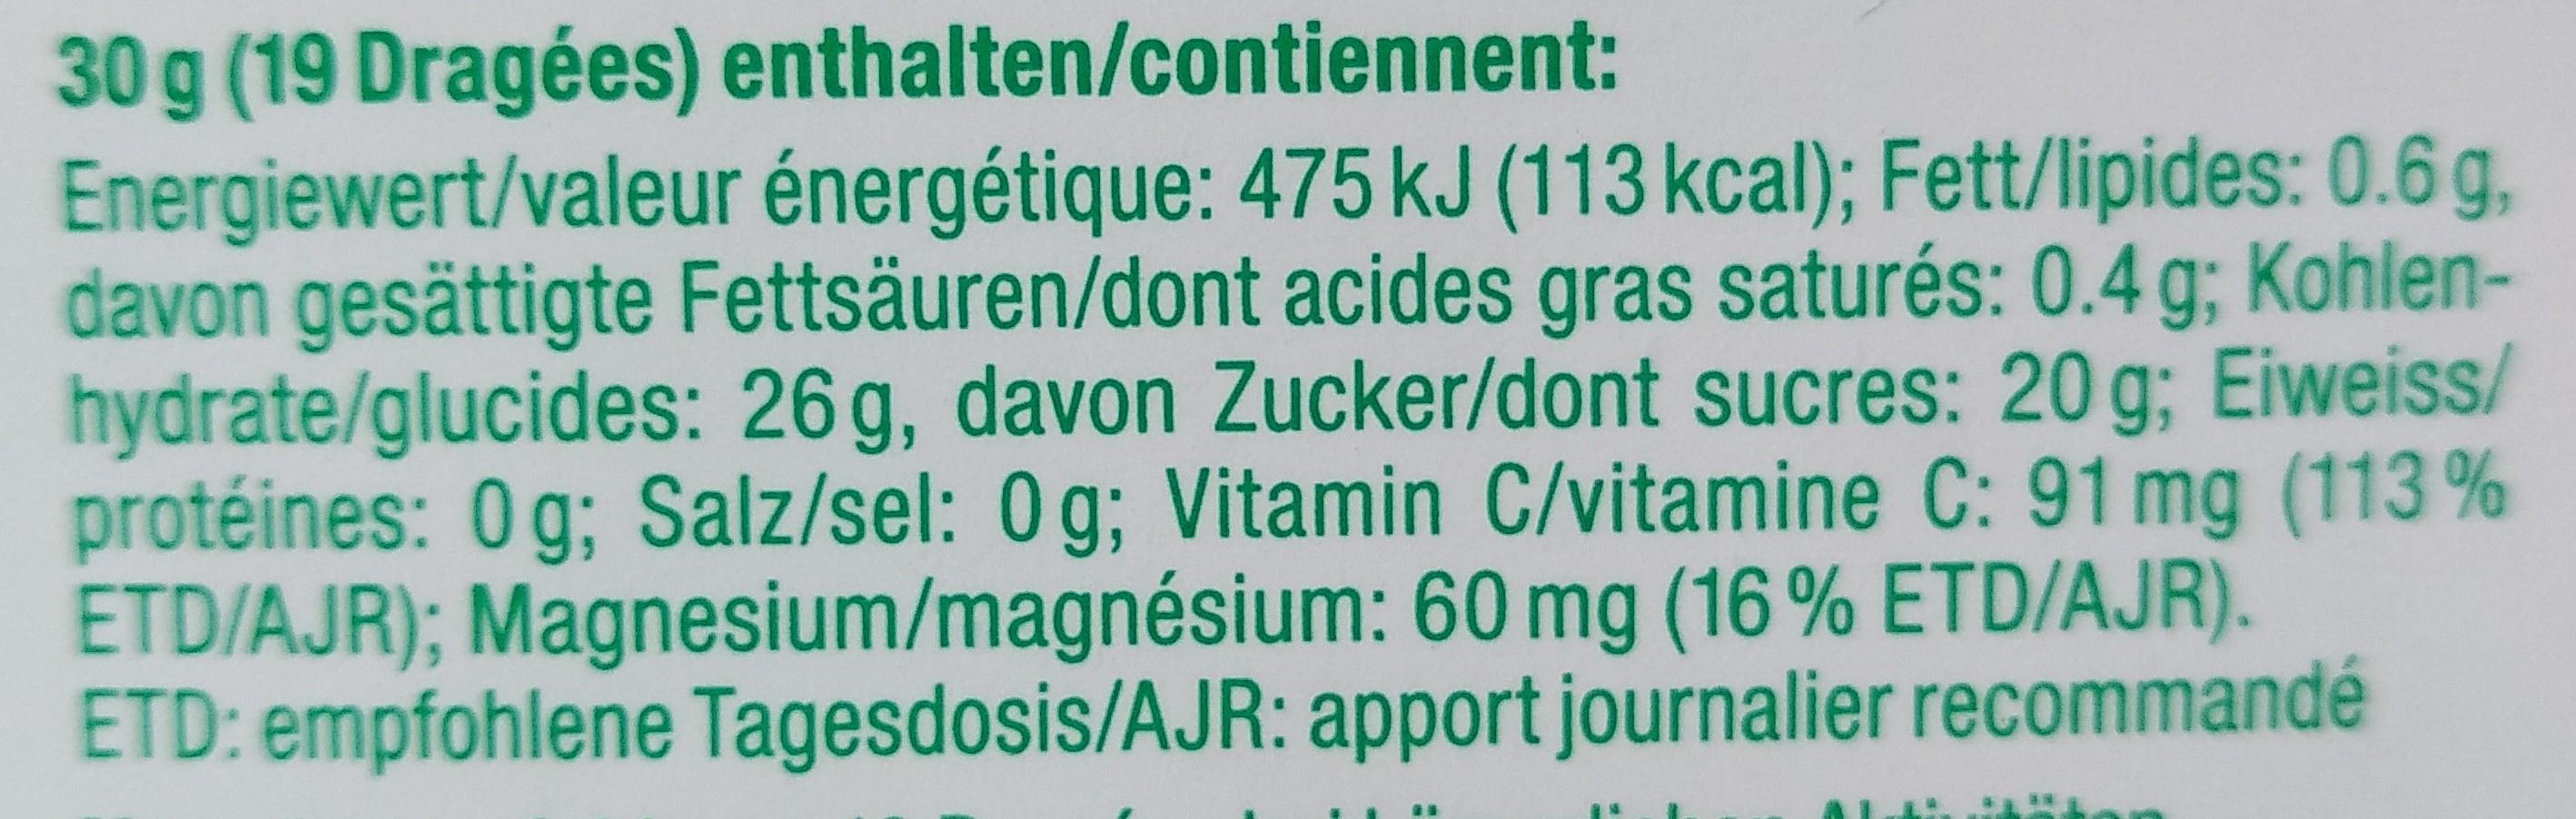
30g (19 Dragées) enthalten/contiennent: Energiewert/valeur énergétique: 475 kJ (113 kcal); Fett/lipides: 0.6 g, davon gesättigte Fettsäuren/dont acides gras saturés: 0.4 g; Kohlen- hydrate/glucides: 26g, davon Zucker/dont sucres: 20 g; Eiweiss/ protéines: 0 g; Salz/sel: 0 g; Vitamin C/vitamine C:91 mg (113% ETD/AJR); Magnesium/magnésium: 60 mg (16% ETD/AJ R). ETD: empfohlene Tagesdosis/AJ R: apport journalier recommandé ad ALL . .